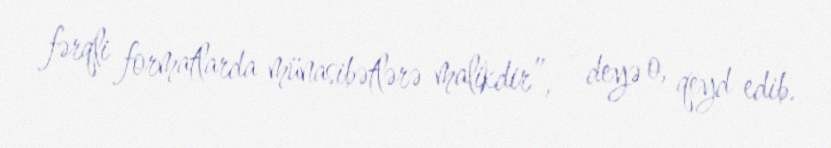
fərqli formatlarda münasibətlərə malikdir”, - deyə o, qeyd edib.